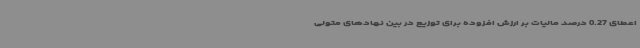
اعطای 0.27 درصد مالیات بر ارزش افزوده برای توزیع در بین نهادهای متولی